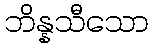
ဘိန္နသီသော